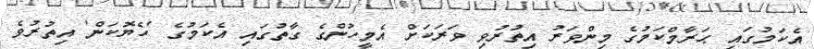
އެކަމުގައި ޙަރާމްކަމުގެ މިންވަރު އިތުރުވި ވަރަކަށް އެމީހުންގެ ގާތުގައި އެކަމުގެ 'ހެޔޮކަން' އިތުރުވެ